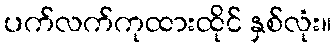
ပက်လက်ကုထားထိုင် နှစ်လုံး။